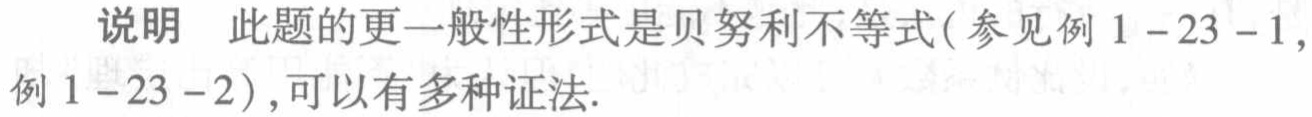
说明 此题的更一般性形式是贝努利不等式(参见例1 - 23 - 1,例1 - 23 - 2),可以有多种证法.